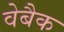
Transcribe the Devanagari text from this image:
वेबैक